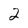
Character: 2